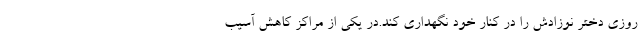
روزی دختر نوزادش را در کنار خود نگهداری کند.در یکی از مراکز کاهش آسیب